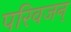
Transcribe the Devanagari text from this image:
परिवजन्